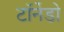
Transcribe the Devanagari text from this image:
टॉर्नेडो